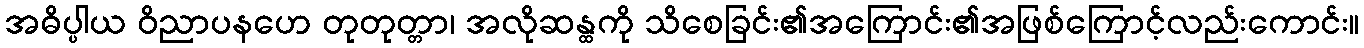
အဓိပ္ပါယ ဝိညာပနဟေ တုတုတ္တာ၊ အလိုဆန္ထကို သိစေခြင်း၏အကြောင်း၏အဖြစ်ကြောင့်လည်းကောင်း။